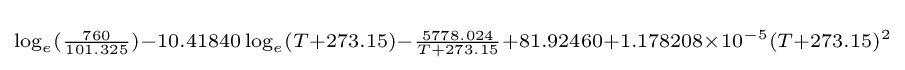
\scriptstyle \log _{e}({\frac {760}{101.325}})-10.41840\log _{e}(T+273.15)-{\frac {5778.024}{T+273.15}}+81.92460+1.178208\times 10^{-5}(T+273.15)^{2}